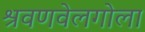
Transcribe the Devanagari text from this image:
श्रवणवेलगोला